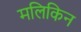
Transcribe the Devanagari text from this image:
मलिकिन